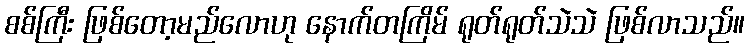
စစ်ကြီး ဖြစ်တော့မည်လောဟု နောက်တကြိမ် ရုတ်ရုတ်သဲသဲ ဖြစ်လာသည်။